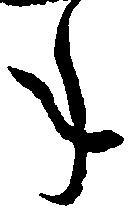
年